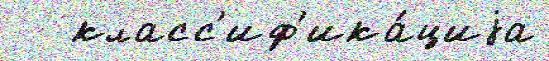
   класс'иф'ика́циjа